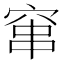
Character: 窜